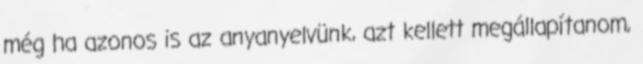
még ha azonos is az anyanyelvünk, azt kellett megállapítanom,